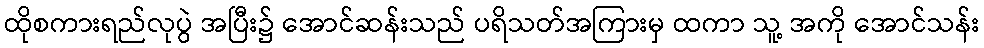
ထိုစကားရည်လုပွဲ အပြီး၌ အောင်ဆန်းသည် ပရိသတ်အကြားမှ ထကာ သူ့ အကို အောင်သန်း